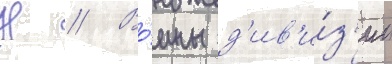
Н // Во́ины д'ив'и́з'ии